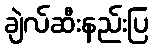
ချဲလ်ဆီးနည်းပြ